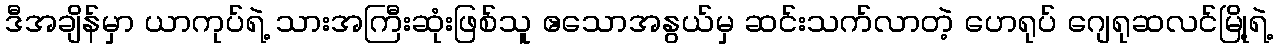
ဒီအချိန်မှာ ယာကုပ်ရဲ့ သားအကြီးဆုံးဖြစ်သူ ဧသောအနွယ်မှ ဆင်းသက်လာတဲ့ ဟေရုပ် ဂျေရုဆလင်မြို့ရဲ့